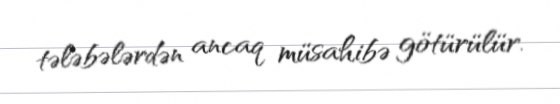
tələbələrdən ancaq müsahibə götürülür.